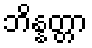
ဘိန္နတ္တာ